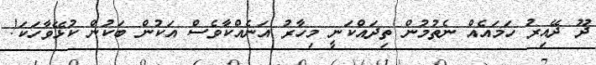
ދޫ ދޭއިރު ހަމައެއް ނެތުމުން ތިދައްކަނީ މިހާރު އަނެއްކާވެސް އަކުން ބަކުން ކުޅޭވާހަކަ!